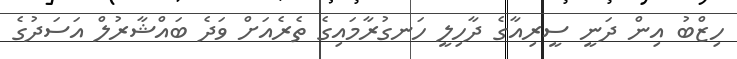
ހިޒްބު އިން ދަނީ ސީރިއާގެ ދާހިލީ ހަނގުރާމައިގެ ތެރެއަށް ވަދެ ބައްޝާރުލް އަސަދުގެ